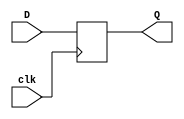
module neg_edge_d_ff (
    input clk,
    input D,
    output reg Q
);

always @(negedge clk)
    Q <= D;

endmodule